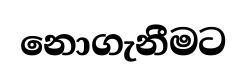
නොගැනීමට